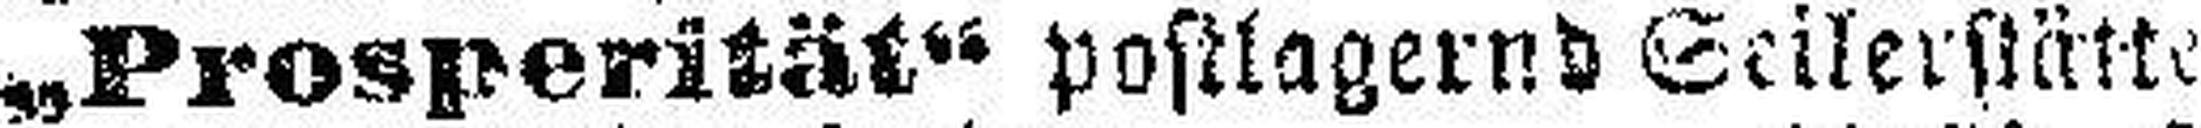
„Prosperität“ postlagernd Seilerstätt